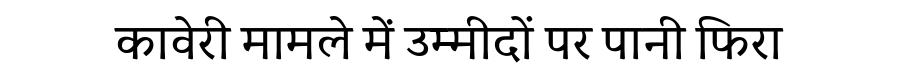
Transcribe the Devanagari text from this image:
कावेरी मामले में उम्मीदों पर पानी फिरा